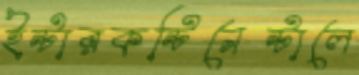
ইন্টারকন্টিনেন্টালে